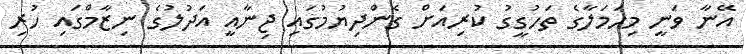
އޭނާ ވަނީ މިހަމަލާގެ ތަހުގީގު ކުރިއަށް ގެންދިޔުމުގައި ޖިނާއީ އަދުލުގެ ނިޒާމްގައި ހުރި